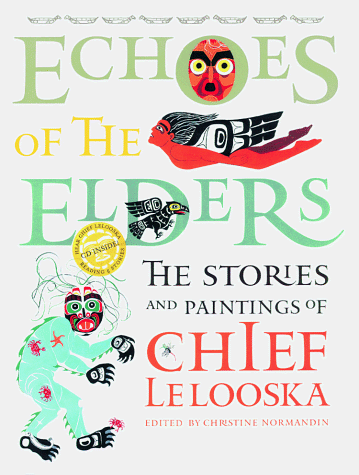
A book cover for Echoes of the Elders: The Stories and Paintings of Chief Lelooska with CD; Lelooska; Children's Books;